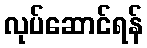
လုပ်ဆောင်ရန်